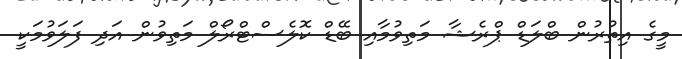
މީގެ އިތުރުން ބްލަޑް ޕްރެޝާ މަތިވުމާއި ބޭޑް ކޮލެސްޓްރޯލް މަތިވުން އަދި ފަލަވުމަކީ